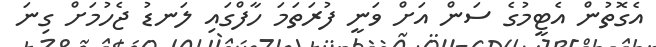
އެގޮތުން އެޓީމުގެ ސަން އަށް ވަނީ ފުރަތަމަ ހާފްގައި ލަނޑު ޖެހުމަށް ގިނަ